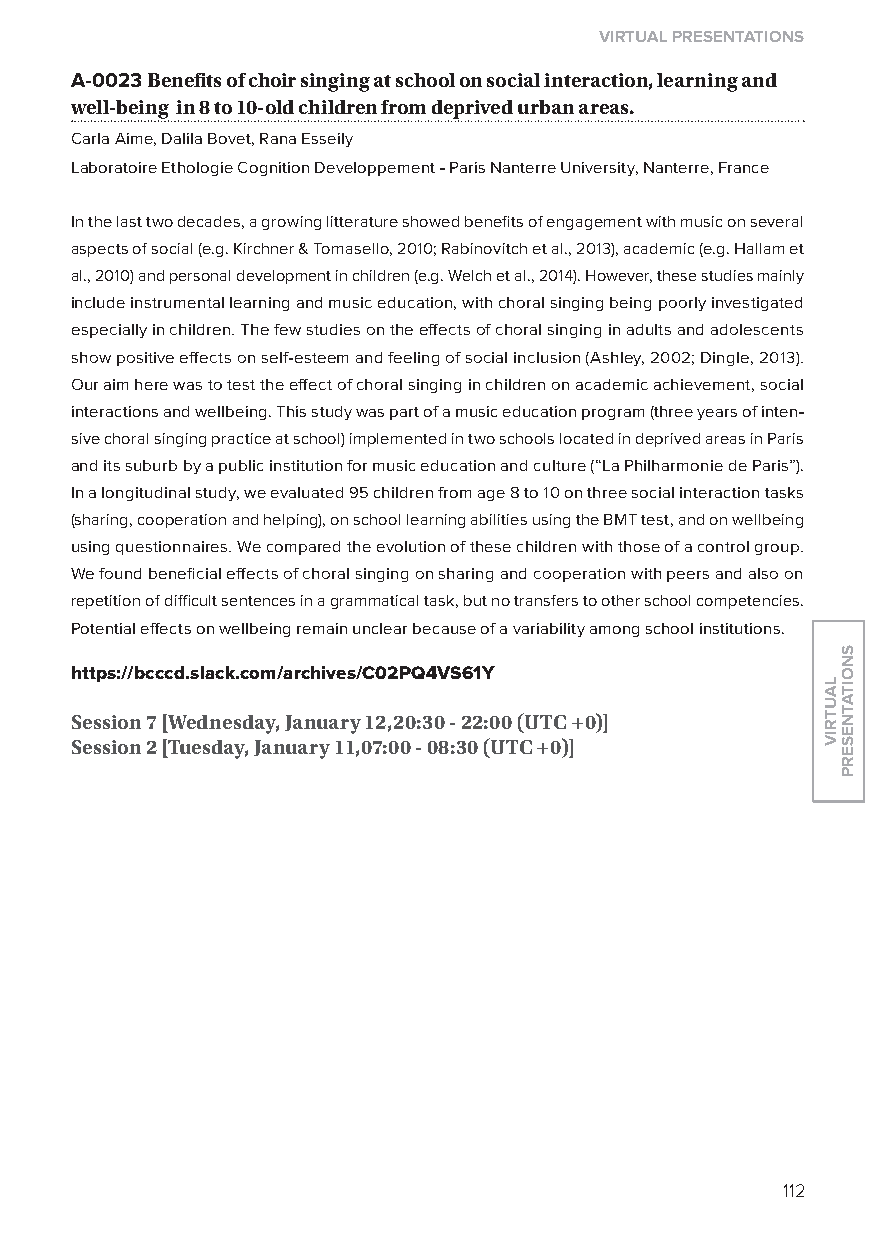
virtual presentations
 A-0023 Benefits of choir singing at school on social interaction, learning and
 well-being in 8 to 10-old children from deprived urban areas.
 Carla Aime, Dalila Bovet, Rana Esseily
 laboratoire Ethologie Cognition Developpement - Paris Nanterre University, Nanterre, France
 In the last two decades, a growing litterature showed benefits of engagement with music on several
 aspects of social (e.g. Kirchner & Tomasello, 2010; Rabinovitch et al., 2013), academic (e.g. Hallam et
 al., 2010) and personal development in children (e.g. Welch et al., 2014). However, these studies mainly
 include instrumental learning and music education, with choral singing being poorly investigated
 especially in children. The few studies on the effects of choral singing in adults and adolescents
 show positive effects on self-esteem and feeling of social inclusion (Ashley, 2002; Dingle, 2013).
 our aim here was to test the effect of choral singing in children on academic achievement, social
 interactions and wellbeing. This study was part of a music education program (three years of inten-
 sive choral singing practice at school) implemented in two schools located in deprived areas in Paris
 and its suburb by a public institution for music education and culture (“la Philharmonie de Paris”).
 In a longitudinal study, we evaluated 95 children from age 8 to 10 on three social interaction tasks
 (sharing, cooperation and helping), on school learning abilities using the BMT test, and on wellbeing
 using questionnaires. We compared the evolution of these children with those of a control group.
 We found beneficial effects of choral singing on sharing and cooperation with peers and also on
 repetition of difficult sentences in a grammatical task, but no transfers to other school competencies.
 Potential effects on wellbeing remain unclear because of a variability among school institutions.
 https://bcccd.slack.com/archives/C02pQ4vs61y
 session 7 [Wednesday, January 12,20:30 - 22:00 (utC +0)]
 session 2 [tuesday, January 11,07:00 - 08:30 (utC +0)]
 112
 lautriv
 snoitatneserp